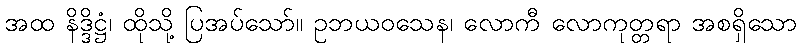
အထ နိဒ္ဒိဋ္ဌံ၊ ထိုသို့ ပြအပ်သော်။ ဥဘယဝသေန၊ လောကီ လောကုတ္တရာ အစရှိသော